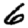
Digit: 6